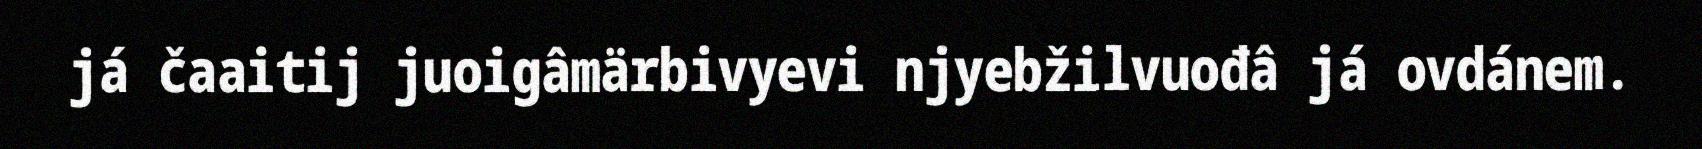
já čaaitij juoigâmärbivyevi njyebžilvuođâ já ovdánem.